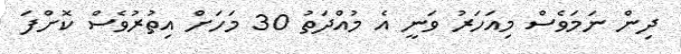
ދިން ނަމަވެސް މިއަހަރު ވަނީ އެ މުއްދަތު 30 މަހަށް އިތުރުވެސް ކޮށްފަ